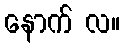
နောက် လ။